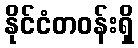
နိုင်ငံတဝန်းရှိ